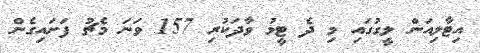
އިޓާލިއަން ލީގުގައި މި ދެ ޓީމު ވާދަކުރި 157 ވަނަ މެޗު ފަށައިގެން